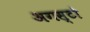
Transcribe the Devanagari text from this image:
अगस्टो